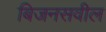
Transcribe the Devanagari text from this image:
बिजनसवील